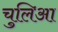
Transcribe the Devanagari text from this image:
चुलिआ